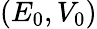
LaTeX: (E_{0},V_{0})